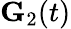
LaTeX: {\mathbf G}_{2}(t)